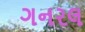
ગનરલ